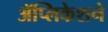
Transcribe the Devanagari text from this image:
ॲप्लिकेशने